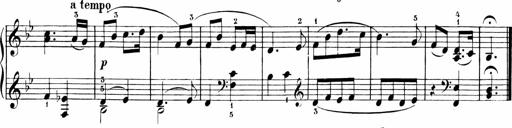
Title: 6 Liedersonatinen
Composer: Carl Reinecke